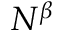
N ^ { \beta }